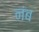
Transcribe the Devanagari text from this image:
नंब